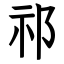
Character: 祁